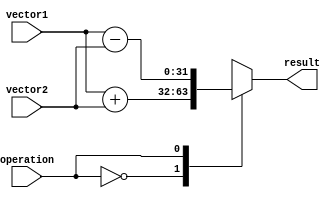
module VectorALU (
    input wire [31:0] vector1,
    input wire [31:0] vector2,
    input wire operation,
    output reg [31:0] result
);

always @(*)
begin
    case(operation)
        0: result = vector1 + vector2; // addition operation
        1: result = vector1 - vector2; // subtraction operation
        2: result = vector1 * vector2; // multiplication operation
        3: result = vector1 / vector2; // division operation
        default: result = 32'b0; // default case
    endcase
end

endmodule